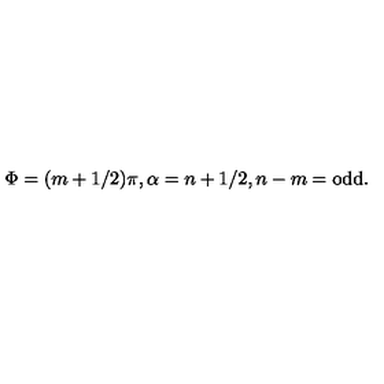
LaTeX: \Phi = ( m + 1 / 2 ) \pi , \alpha = n + 1 / 2 , n - m = \mathrm { o d d } .